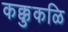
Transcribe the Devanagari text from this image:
कक्कुकळि